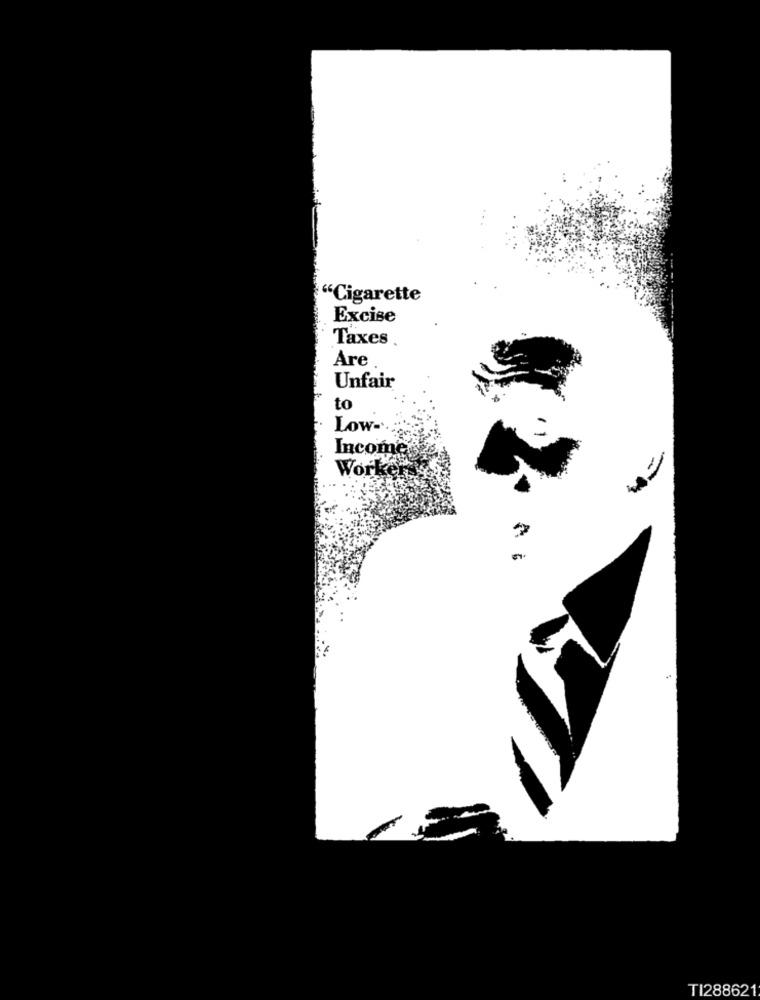
"Cigarette
Excise
Taxes
Are
Unfair
to
Low-
Income
Worker
TI288621